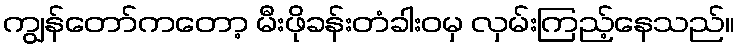
ကျွန်တော်ကတော့ မီးဖိုခန်းတံခါးဝမှ လှမ်းကြည့်နေသည်။